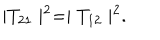
\mid T _ { 2 1 } \mid ^ { 2 } = \mid T _ { 1 2 } \mid ^ { 2 } .